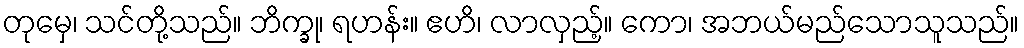
တုမှေ၊ သင်တို့သည်။ ဘိက္ခု၊ ရဟန်း။ ဧဟိ၊ လာလှည့်။ ကော၊ အဘယ်မည်သောသူသည်။